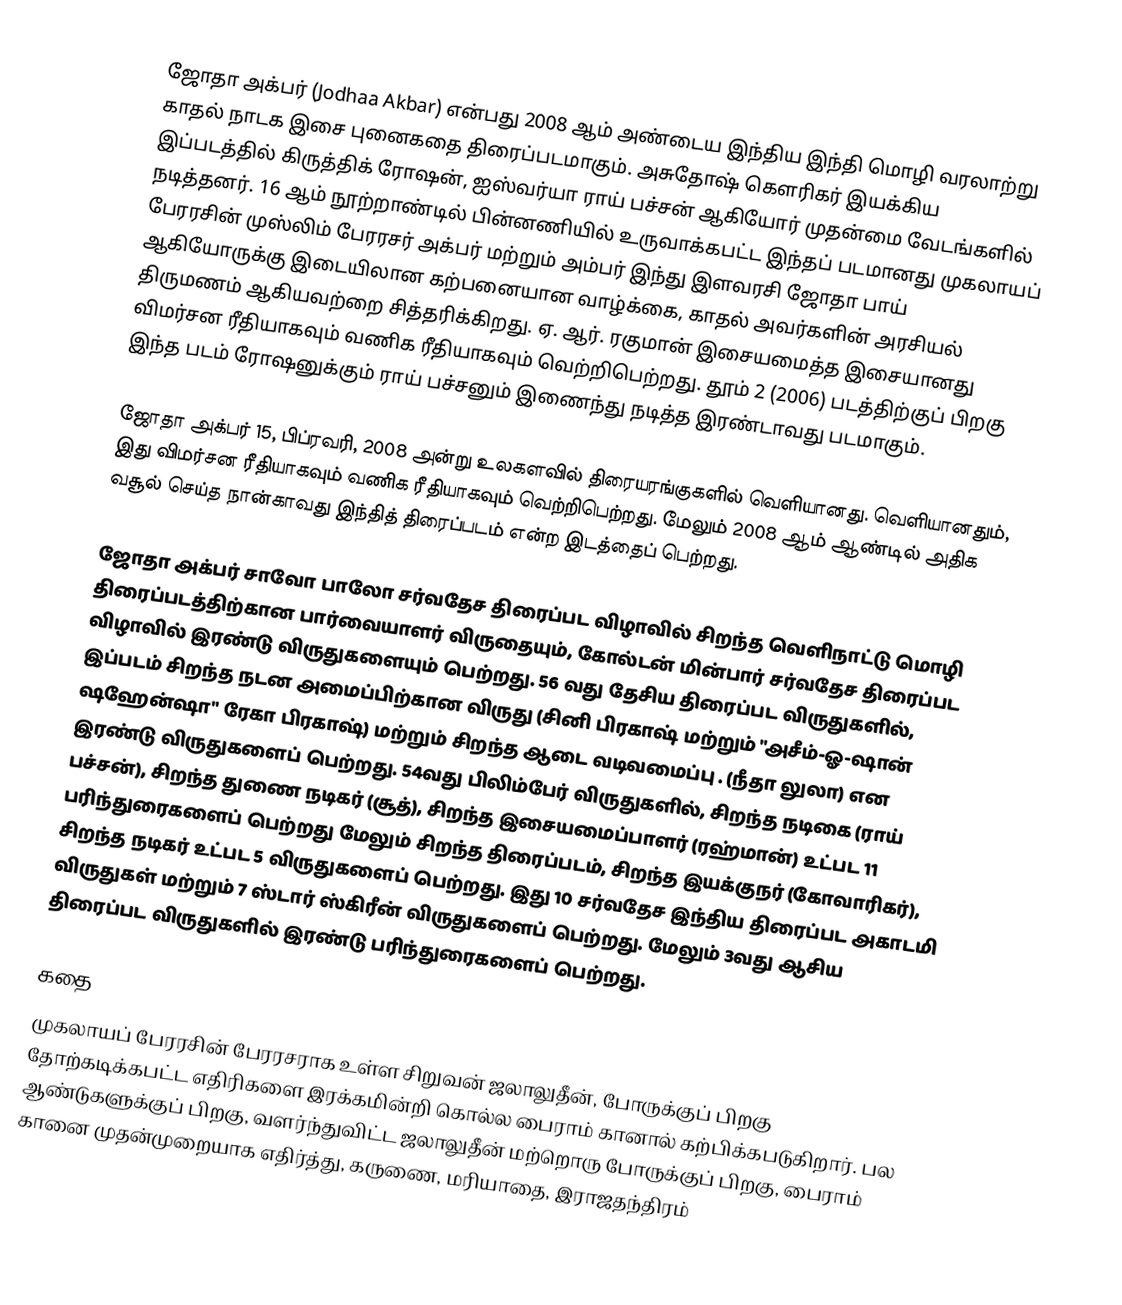
ஜோதா அக்பர் (Jodhaa Akbar) என்பது 2008 ஆம் அண்டைய இந்திய இந்தி மொழி வரலாற்று காதல் நாடக இசை புனைகதை திரைப்படமாகும்.  அசுதோஷ் கௌரிகர் இயக்கிய இப்படத்தில் கிருத்திக் ரோஷன், ஐஸ்வர்யா ராய் பச்சன் ஆகியோர் முதன்மை வேடங்களில் நடித்தனர். 16 ஆம் நூற்றாண்டில் பின்னணியில் உருவாக்கபட்ட இந்தப் படமானது முகலாயப் பேரரசின் முஸ்லிம் பேரரசர் அக்பர் மற்றும் அம்பர் இந்து இளவரசி ஜோதா பாய் ஆகியோருக்கு இடையிலான கற்பனையான வாழ்க்கை, காதல்   அவர்களின் அரசியல் திருமணம் ஆகியவற்றை சித்தரிக்கிறது. ஏ. ஆர். ரகுமான் இசையமைத்த இசையானது விமர்சன ரீதியாகவும் வணிக ரீதியாகவும் வெற்றிபெற்றது.  தூம் 2 (2006) படத்திற்குப் பிறகு இந்த படம் ரோஷனுக்கும் ராய் பச்சனும் இணைந்து நடித்த  இரண்டாவது படமாகும்.

ஜோதா அக்பர் 15, பிப்ரவரி, 2008 அன்று உலகளவில் திரையரங்குகளில் வெளியானது. வெளியானதும், இது விமர்சன ரீதியாகவும் வணிக ரீதியாகவும் வெற்றிபெற்றது. மேலும் 2008 ஆம் ஆண்டில் அதிக வசூல் செய்த நான்காவது இந்தித் திரைப்படம் என்ற இடத்தைப் பெற்றது.

ஜோதா அக்பர்  சாவோ பாலோ சர்வதேச திரைப்பட விழாவில் சிறந்த வெளிநாட்டு மொழி திரைப்படத்திற்கான பார்வையாளர் விருதையும், கோல்டன் மின்பார் சர்வதேச திரைப்பட விழாவில் இரண்டு விருதுகளையும் பெற்றது. 56 வது தேசிய திரைப்பட விருதுகளில், இப்படம் சிறந்த நடன அமைப்பிற்கான  விருது  (சினி பிரகாஷ் மற்றும் "அசீம்-ஓ-ஷான் ஷஹேன்ஷா" ரேகா பிரகாஷ்) மற்றும் சிறந்த ஆடை வடிவமைப்பு . (நீதா லுலா) என இரண்டு விருதுகளைப் பெற்றது. 54வது பிலிம்பேர் விருதுகளில், சிறந்த நடிகை (ராய் பச்சன்), சிறந்த துணை நடிகர் (சூத்), சிறந்த இசையமைப்பாளர் (ரஹ்மான்) உட்பட 11 பரிந்துரைகளைப் பெற்றது மேலும் சிறந்த திரைப்படம், சிறந்த இயக்குநர் (கோவாரிகர்), சிறந்த நடிகர் உட்பட 5 விருதுகளைப் பெற்றது. இது 10 சர்வதேச இந்திய திரைப்பட அகாடமி விருதுகள் மற்றும் 7 ஸ்டார் ஸ்கிரீன் விருதுகளைப் பெற்றது. மேலும் 3வது ஆசிய திரைப்பட விருதுகளில் இரண்டு பரிந்துரைகளைப் பெற்றது.

கதை
முகலாயப் பேரரசின் பேரரசராக உள்ள சிறுவன்  ஜலாலுதீன், போருக்குப் பிறகு தோற்கடிக்கபட்ட எதிரிகளை இரக்கமின்றி கொல்ல  பைராம் கானால் கற்பிக்கபடுகிறார். பல ஆண்டுகளுக்குப் பிறகு, வளர்ந்துவிட்ட ஜலாலுதீன் மற்றொரு போருக்குப் பிறகு, பைராம் கானை முதன்முறையாக எதிர்த்து, கருணை, மரியாதை, இராஜதந்திரம்